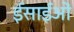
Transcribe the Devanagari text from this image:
ईसाईओं